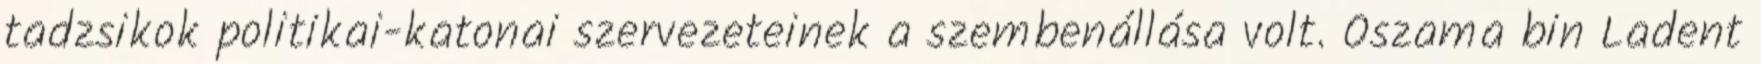
tadzsikok politikai-katonai szervezeteinek a szembenállása volt. Oszama bin Ladent